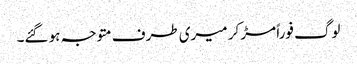
لوگ فوراً مڑ کر میری طرف متوجہ ہو گئے۔